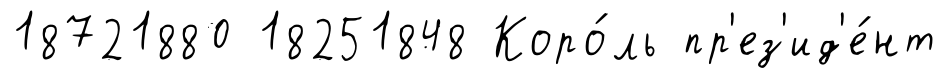
18721880 18251848 Коро́ль пр'ез'ид'е́нт